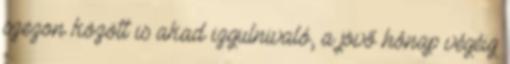
szezon között is akad izgulnivaló, a jövő hónap végéig